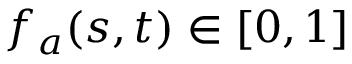
f _ { a } ( s , t ) \in [ 0 , 1 ]